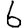
Digit: 6